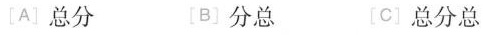
[A]总分 [B]分总 [c]总分总